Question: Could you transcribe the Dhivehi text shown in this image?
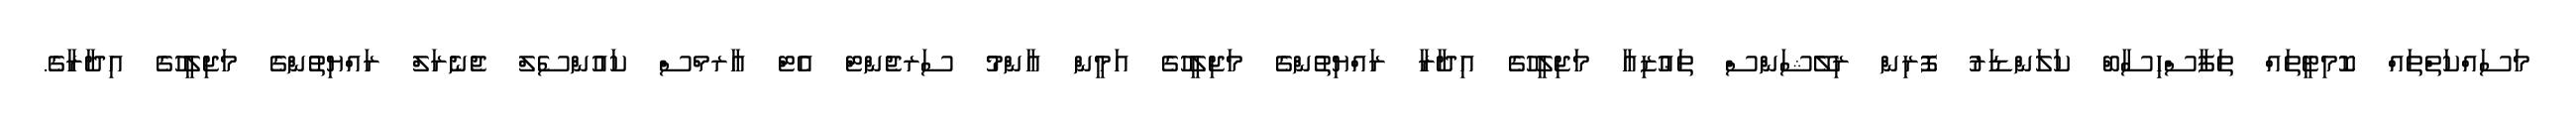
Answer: މަސައްކަތްތައް ކޮމިޓީތައް ތަފާސްހިސާބް ކަލަންޑަރު ފޮރިން ރިލޭޝަންސް ތަޢުޒިއާ މަޖިލީހުގެ އިދާރާ ރައްޔިތުންގެ މަޖިލީހުގެ އަމީން ޢާންމު ސަރޖެންޓް އެޓް އާރމްސް ކައުންސެލް ޖެނެރަލް ރައްޔިތުންގެ މަޖިލީހުގެ އިދާރާގެ.